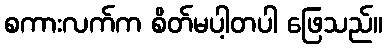
စကားလက်က စိတ်မပါ့တပါ ဖြေသည်။